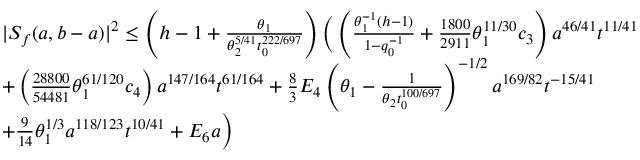
\begin{array} { r l } & { | S _ { f } ( a , b - a ) | ^ { 2 } \le \left( h - 1 + \frac { \theta _ { 1 } } { \theta _ { 2 } ^ { 5 / 4 1 } t _ { 0 } ^ { 2 2 2 / 6 9 7 } } \right) \bigg ( \left( \frac { \theta _ { 1 } ^ { - 1 } ( h - 1 ) } { 1 - q _ { 0 } ^ { - 1 } } + \frac { 1 8 0 0 } { 2 9 1 1 } \theta _ { 1 } ^ { 1 1 / 3 0 } c _ { 3 } \right) a ^ { 4 6 / 4 1 } t ^ { 1 1 / 4 1 } } \\ & { + \left( \frac { 2 8 8 0 0 } { 5 4 4 8 1 } \theta _ { 1 } ^ { 6 1 / 1 2 0 } c _ { 4 } \right) a ^ { 1 4 7 / 1 6 4 } t ^ { 6 1 / 1 6 4 } + \frac { 8 } { 3 } E _ { 4 } \left( \theta _ { 1 } - \frac { 1 } { \theta _ { 2 } t _ { 0 } ^ { 1 0 0 / 6 9 7 } } \right) ^ { - 1 / 2 } a ^ { 1 6 9 / 8 2 } t ^ { - 1 5 / 4 1 } } \\ & { + \frac { 9 } { 1 4 } \theta _ { 1 } ^ { 1 / 3 } a ^ { 1 1 8 / 1 2 3 } t ^ { 1 0 / 4 1 } + E _ { 6 } a \bigg ) } \end{array}